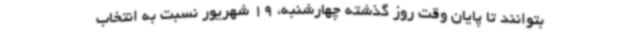
بتوانند تا پایان وقت روز گذشته چهارشنبه، 19 شهریور نسبت به انتخاب